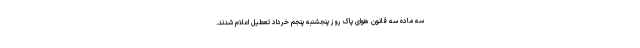
سه ماده سه قانون هوای پاک روز پنجشنبه پنجم خرداد تعطیل اعلام شدند.